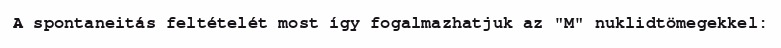
A spontaneitás feltételét most így fogalmazhatjuk az "M" nuklidtömegekkel: